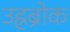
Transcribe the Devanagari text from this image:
उह्रब्रोक